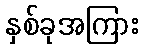
နှစ်ခုအကြား